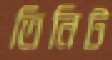
তিনিট